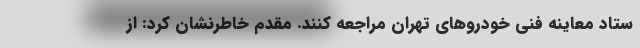
ستاد معاینه فنی خودروهای تهران مراجعه کنند. مقدم خاطرنشان کرد: از